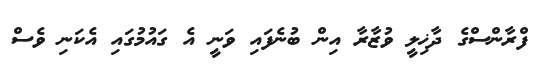
ފްރާންސްގެ ދާޚިލީ ވުޒާރާ އިން ބުނެފައި ވަނީ އެ ގައުމުގައި އެކަނި ވެސް